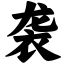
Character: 袭